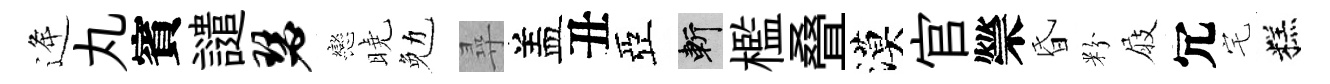
逄丸賓譴瑟戀曉勉尋盖丑亞斬檻叠漠官禜昏粉屐冗宅糕